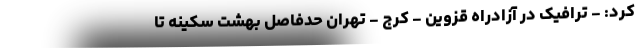
کرد: - ترافیک در آزادراه قزوین - کرج - تهران حدفاصل بهشت سکینه تا